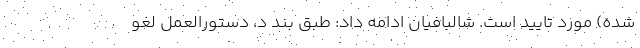
شده) مورد تایید است. شالبافیان ادامه داد: طبق بند د، دستورالعمل لغو